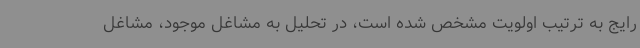
رایج به ترتیب اولویت مشخص‌ شده است، در تحلیل به مشاغل موجود، مشاغل